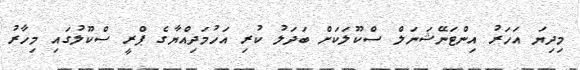
މިދިޔަ އަހަރު އިންޓަނޭޝަނަލް ސްކޫލަކަށް ބަދަލު ކުރި އަހުމަދިއްޔާގެ ޕްރީ ސްކޫލުގައި މިހާރު